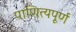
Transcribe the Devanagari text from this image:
पाणित्यपूर्ण